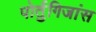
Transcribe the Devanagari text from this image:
पोर्तुगिजांस